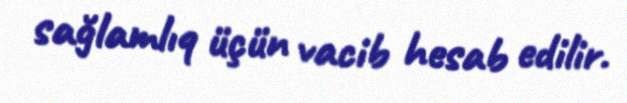
sağlamlıq üçün vacib hesab edilir.